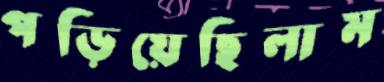
পড়িয়েছিলাম